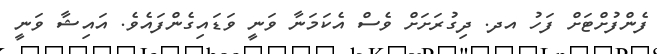
ފެންފުށްޓަށް ފަހު އދ. ދިގުރަށަށް ވެސް އެކަމަނާ ވަނީ ވަޑައިގެންފައެވެ. އައިޝާ ވަނީ